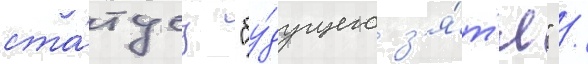
ста́тусу "бу́дущего з'я́т'я" /